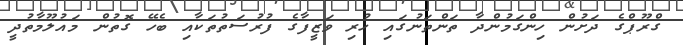
ގްރޫޕްގެ ދަށުން ހިންގަމުންދާ ތަންތަނުގައި ހުރި ވަޒީފާގެ ފުރުސަތުތަކާއި ބެހޭ ގޮތުން މައުލޫމާތުދީ